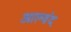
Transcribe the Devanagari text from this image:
आल्वंद